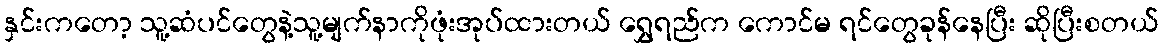
နှင်းကတော့ သူ့ဆံပင်တွေနဲ့သူ့မျက်နာကိုဖုံးအုပ်ထားတယ် ရွှေရည်က ကောင်မ ရင်တွေခုန်နေပြီး ဆိုပြီးစတယ်